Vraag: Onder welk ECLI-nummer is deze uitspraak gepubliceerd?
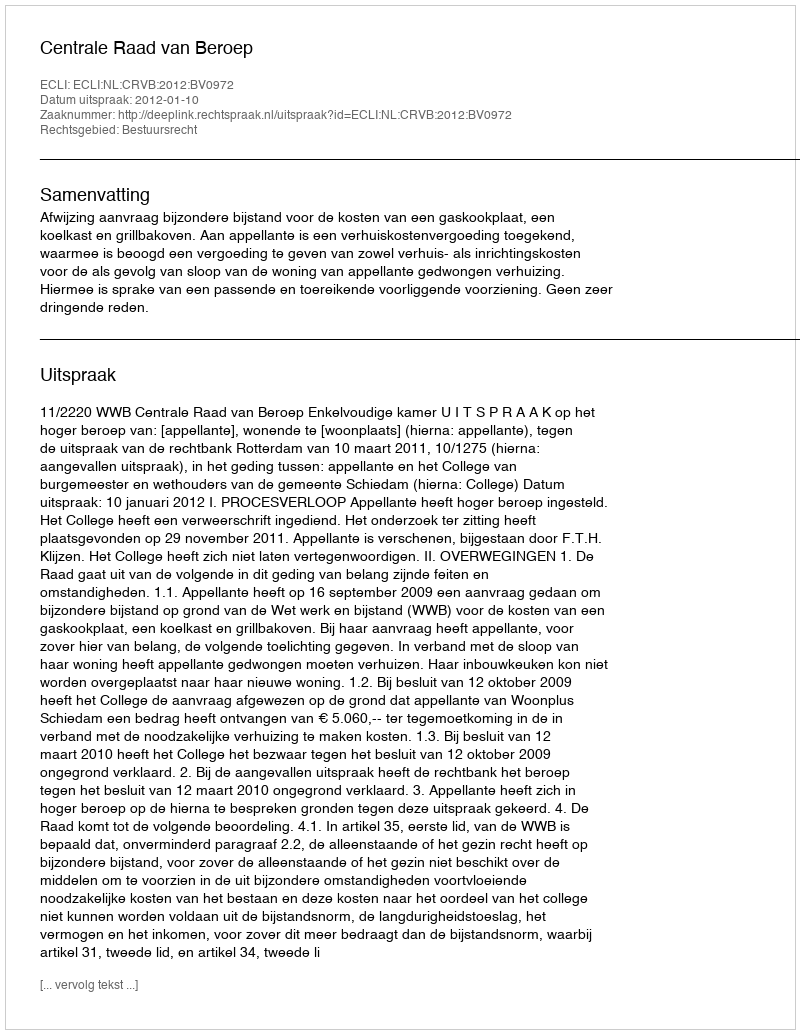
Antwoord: ECLI:NL:CRVB:2012:BV0972